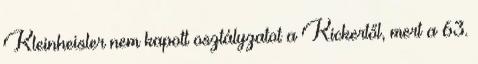
Kleinheisler nem kapott osztályzatot a Kickertől, mert a 63.